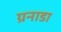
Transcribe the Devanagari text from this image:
ग्रनाडा